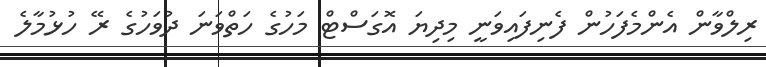
ރިލްވާން އެންމެފަހުން ފެނިފައިވަނީ މިދިޔަ އޮގަސްޓް މަހުގެ ހަތްވަނަ ދުވަހުގެ ރޭ ހުޅުމާލެ